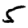
Digit: 5